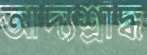
আদ্যশ্রাদ্ধ